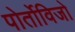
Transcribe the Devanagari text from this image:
पोर्तोविजो